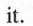
it.